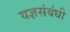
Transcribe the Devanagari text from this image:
यज्ञसंबंधी